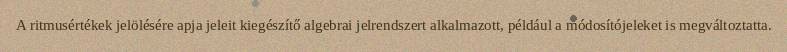
A ritmusértékek jelölésére apja jeleit kiegészítő algebrai jelrendszert alkalmazott, például a módosítójeleket is megváltoztatta.